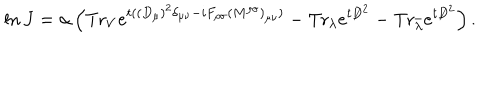
\ln J = \alpha \left( \mathrm { T r } _ { V } e ^ { t ( ( D _ { \mu } ) ^ { 2 } \delta _ { \mu \nu } - i F _ { \rho \sigma } ( M ^ { \rho \sigma } ) _ { \mu \nu } ) } - \mathrm { T r } _ { \lambda } e ^ { t { \not D } ^ { 2 } } - \mathrm { T r } _ { \bar { \lambda } } e ^ { t { \not D } ^ { 2 } } \right) .